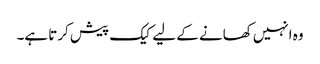
وہ انہیں کھانے کے لیے کیک پیش کرتا ہے۔